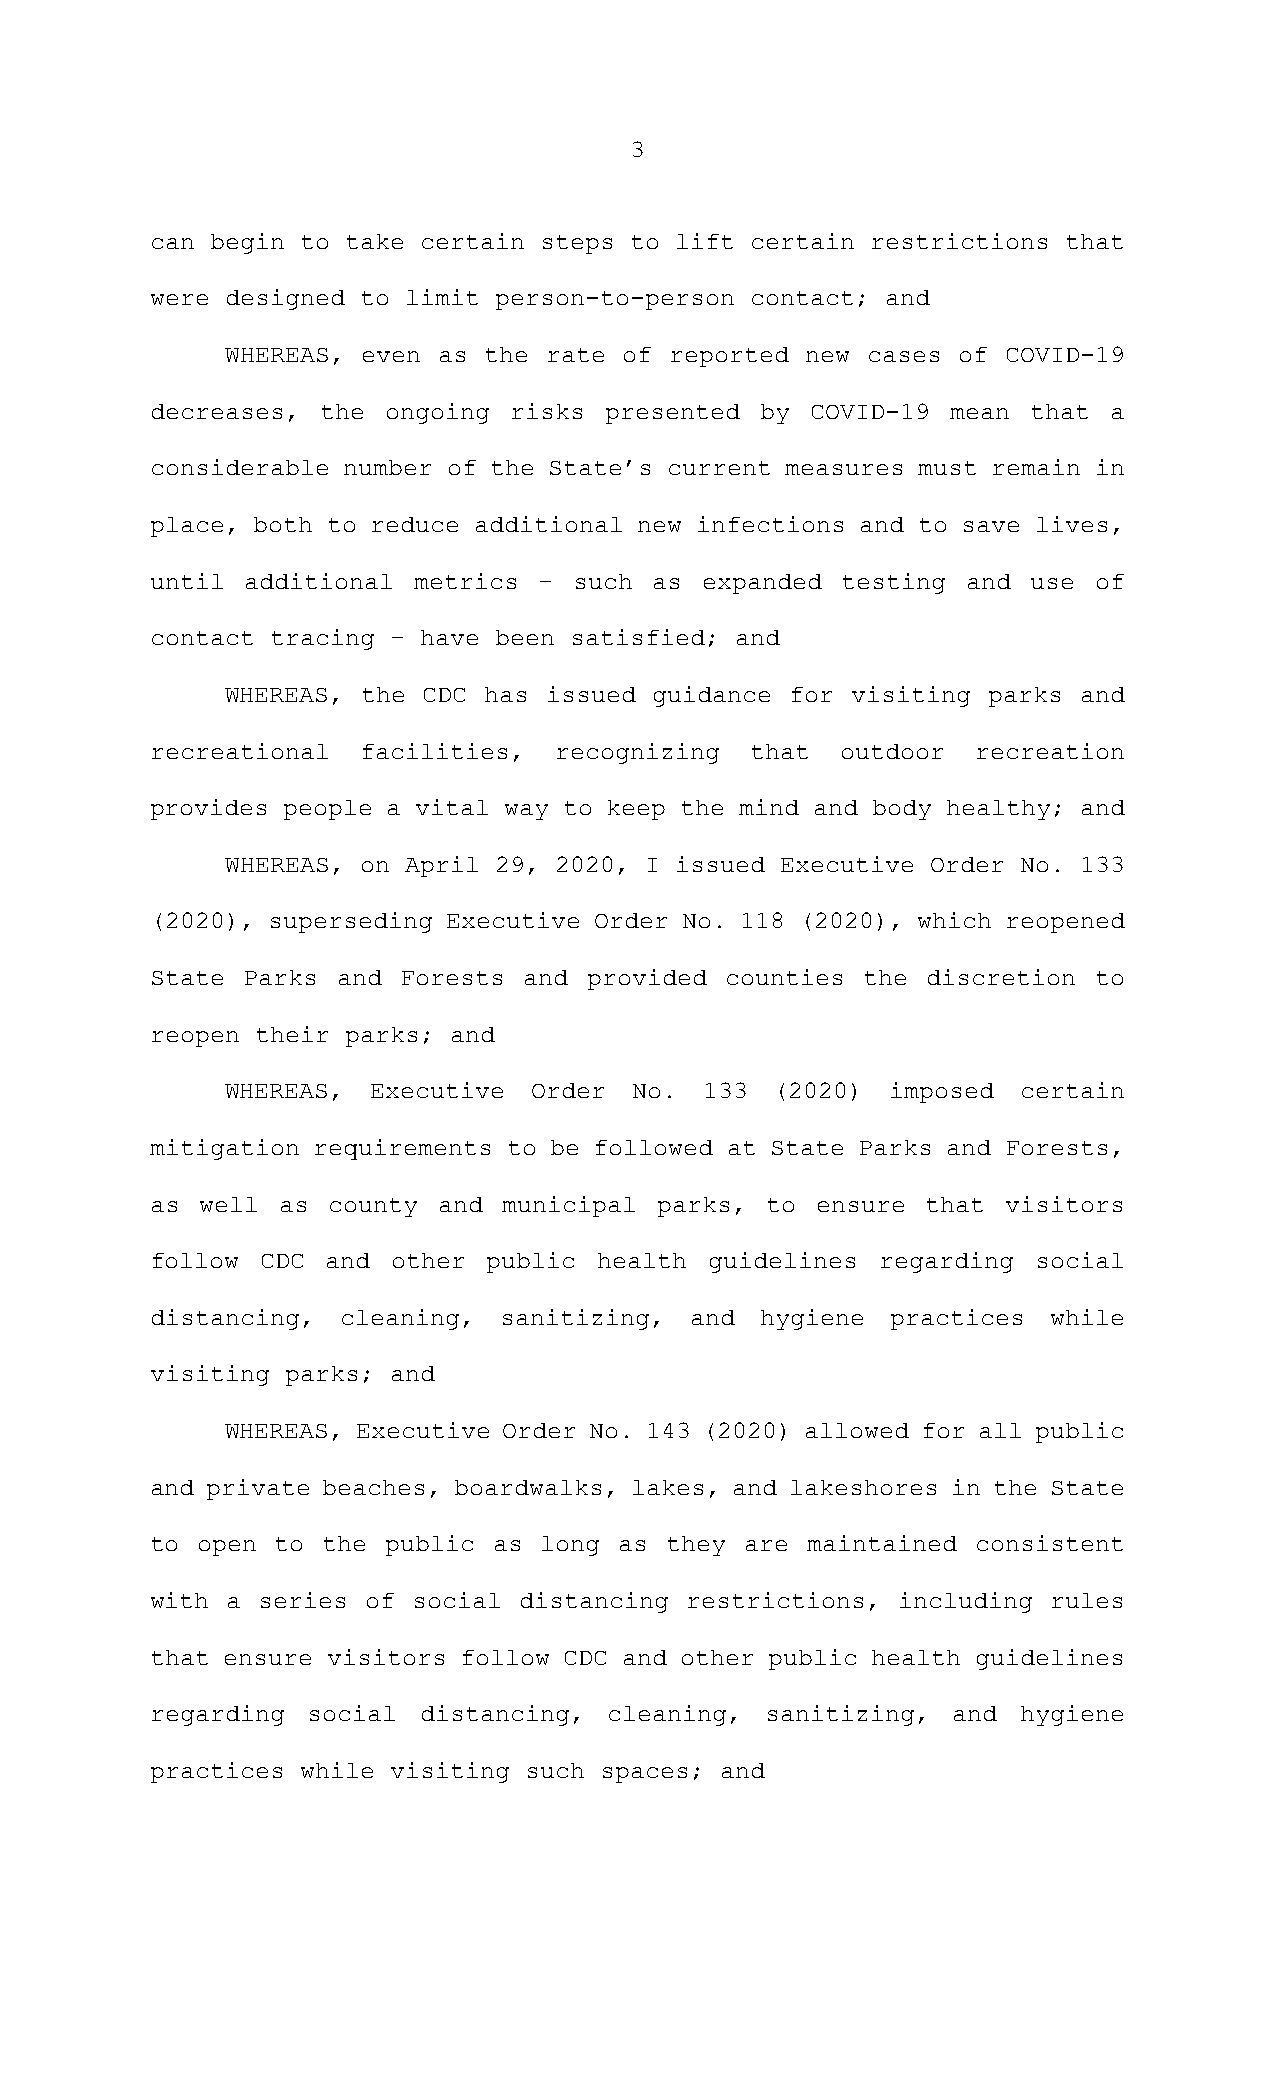
3
 can begin to take certain steps to lift certain restrictions that
 were designed to limit person-to-person contact; and
 WHEREAS, even as the rate of reported new cases of  COVID-19
 decreases, the ongoing  risks presented by  COVID-19 mean that a
 considerable number of the State’s current measures must remain in
 place, both to reduce additional new infections and to save lives,
 until additional metrics  – such as expanded  testing and use of
 contact tracing – have been satisfied; and
 WHEREAS, the CDC has issued guidance for visiting parks and
 recreational  facilities,  recognizing  that  outdoor  recreation
 provides people a vital way to keep the mind and body healthy; and
 WHEREAS, on April 29, 2020, I issued Executive Order No. 133
 (2020), superseding Executive Order No. 118 (2020), which reopened
 State Parks and Forests  and provided counties the discretion to
 reopen their parks; and
 WHEREAS,  Executive Order  No.  133 (2020)  imposed  certain
 mitigation requirements to be followed at State Parks and Forests,
 as well as  county and municipal parks,  to ensure that  visitors
 follow CDC  and other public  health guidelines regarding  social
 distancing,  cleaning, sanitizing,  and hygiene  practices while
 visiting parks; and
 WHEREAS, Executive Order No. 143 (2020) allowed for all public
 and private beaches, boardwalks, lakes, and lakeshores in the State
 to open to the  public as long as they are maintained  consistent
 with a series of social distancing restrictions, including rules
 that ensure visitors follow CDC and other public health guidelines
 regarding social  distancing, cleaning,  sanitizing, and  hygiene
 practices while visiting such spaces; and